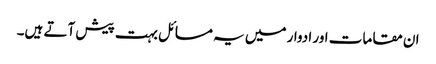
ان مقامات اور ادوار میں یہ مسائل بہت پیش آتے ہیں۔